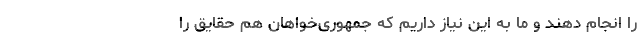
را انجام دهند و ما به این نیاز داریم که جمهوری‌خواهان هم حقایق را